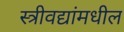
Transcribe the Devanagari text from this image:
स्त्रीवद्यांमधील